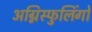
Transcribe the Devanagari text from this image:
अग्निस्फुलिंगों